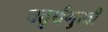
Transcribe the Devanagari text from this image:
चतुर्थमुखी